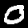
Label: 0